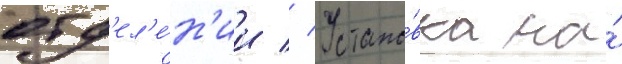
отд'ел'е́н'ии // Устано́вка на́